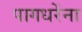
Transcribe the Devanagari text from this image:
पागधरेंना